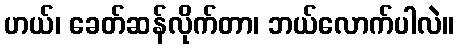
ဟယ်၊ ခေတ်ဆန်လိုက်တာ၊ ဘယ်လောက်ပါလဲ။